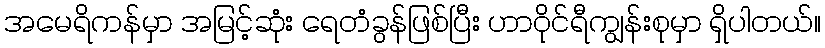
အမေရိကန်မှာ အမြင့်ဆုံး ရေတံခွန်ဖြစ်ပြီး ဟာဝိုင်ရီကျွန်းစုမှာ ရှိပါတယ်။